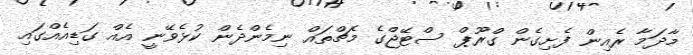
މާދަމާ ރެއިން ފެށިގެން ގްރޫޕް ސްޓޭޖްގެ މެޗްތައް ނިމެންދެން ކުޅެވޭނީ އެއް ގަޑިއެއްގައި